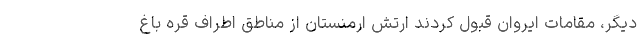
دیگر، مقامات ایروان قبول کردند ارتش ارمنستان از مناطق اطراف قره باغ